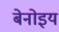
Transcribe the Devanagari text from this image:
बेनोइय